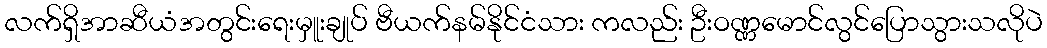
လက်ရှိအာဆီယံအတွင်းရေးမှူးချုပ် ဗီယက်နမ်နိုင်ငံသား ကလည်း ဦးဝဏ္ဏမောင်လွင်ပြောသွားသလိုပဲ